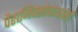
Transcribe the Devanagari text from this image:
पैरामिक्सोवायरसों